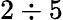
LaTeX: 2\div 5